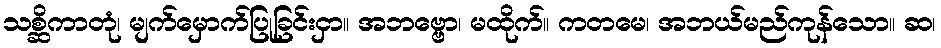
သစ္ဆိကာတုံ၊ မျက်မှောက်ပြုခြင်းငှာ။ အဘဗ္ဗော၊ မထိုက်။ ကတမေ၊ အဘယ်မည်ကုန်သော။ ဆ၊